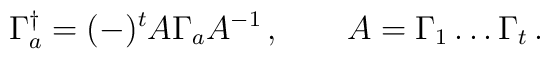
\Gamma_a^\dagger =(-)^t A\Gamma_a A^{-1}\,,\qquad A=\Gamma_1\ldots\Gamma_t\,.